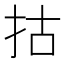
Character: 𢫈